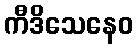
ကီဒိသေနေဝ